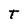
Character: t